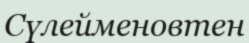
Сүлейменовтен